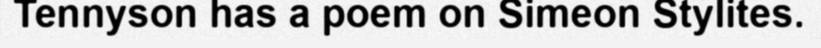
Tennyson has a poem on Simeon Stylites.